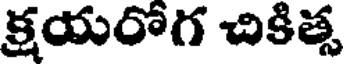
క్షయరోగ చికిత్స